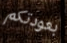
بعودتكم